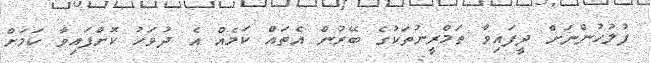
ފުލުހުންނަށް ދީފައިވާ ތަމްރީނުތަކުގެ ބޭރުން އެތައް ކަމެއް އެ ދުވަހު ކޮށްފައިވާ ކަމަށް